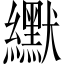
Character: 𫄓